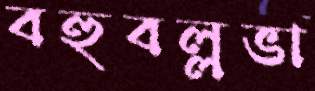
বহুবল্লভা